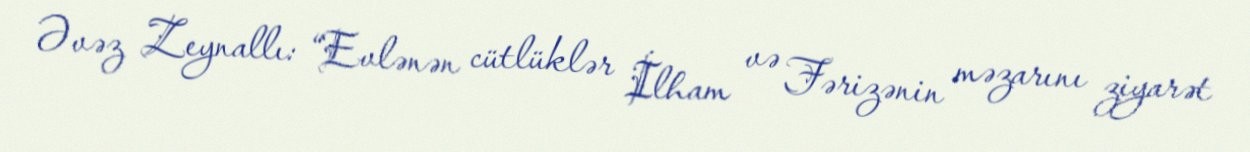
Əvəz Zeynallı: “Evlənən cütlüklər İlham və Fərizənin məzarını ziyarət